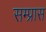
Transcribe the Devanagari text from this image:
सम्प्रास